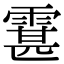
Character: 䨢